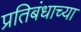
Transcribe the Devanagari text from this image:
प्रतिबंधाच्या